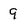
Character: 9